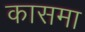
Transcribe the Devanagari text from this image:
कासमा